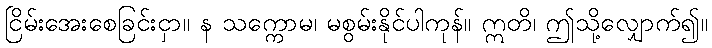
ငြိမ်းအေးစေခြင်းငှာ။ န သက္ကောမ၊ မစွမ်းနိုင်ပါကုန်။ ဣတိ၊ ဤသို့လျှောက်၍။